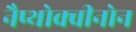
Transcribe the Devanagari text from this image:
नैप्थोक्वीनोन